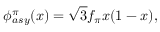
\phi _ { a s y } ^ { \pi } ( x ) = \sqrt { 3 } f _ { \pi } x ( 1 - x ) ,